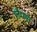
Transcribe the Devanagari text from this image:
लैम्प्स